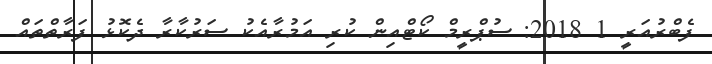
ފެބްރުއަރީ 1 2018: ސުޕްރީމް ކޯޓްއިން ކުރި އަމުރާއެކު ސަރުކާރާ ދެކޮޅު ފަރާތްތައް